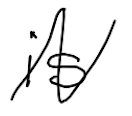
Text: is
Cross-out: zig-zag
Writing tool: digital_black